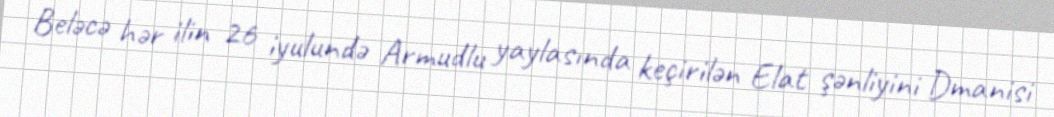
Beləcə hər ilin 26 iyulundə Armudlu yaylasında keçirilən Elat şənliyini Dmanisi